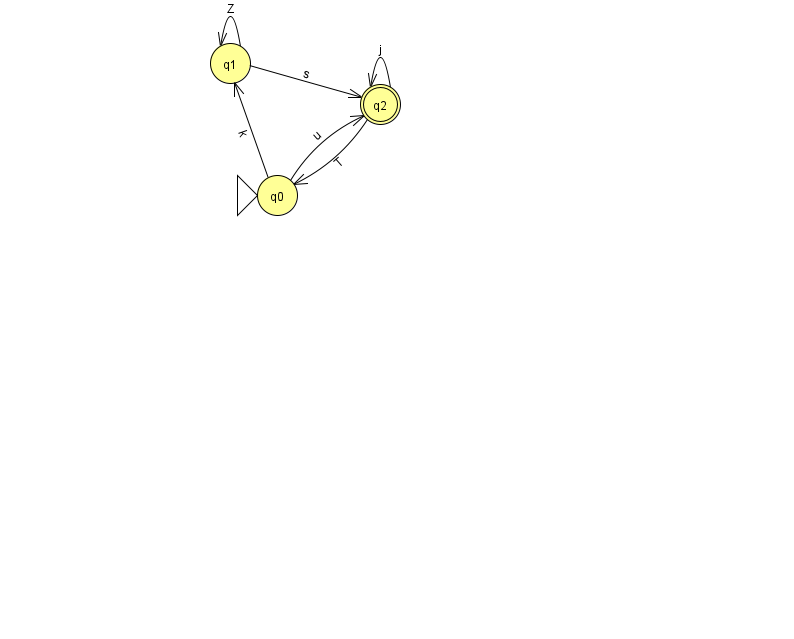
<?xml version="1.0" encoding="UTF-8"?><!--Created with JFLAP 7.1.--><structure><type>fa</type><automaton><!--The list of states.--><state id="0" name="q0"><x>277.0</x><y>182.0</y><initial/></state><state id="1" name="q1"><x>230.0</x><y>50.0</y></state><state id="2" name="q2"><x>380.0</x><y>91.0</y><final/></state><!--The list of transitions.--><transition><from>0</from><to>1</to><read>k</read></transition><transition><from>1</from><to>2</to><read>s</read></transition><transition><from>1</from><to>1</to><read>Z</read></transition><transition><from>2</from><to>2</to><read>j</read></transition><transition><from>2</from><to>0</to><read>T</read></transition><transition><from>0</from><to>2</to><read>u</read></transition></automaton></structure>